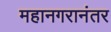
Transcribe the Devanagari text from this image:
महानगरानंतर